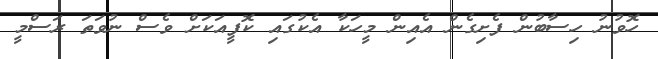
ހޮވުނު ހިސާބުން ފެށިގެން އެއިން މީހަކާ އެކުގައި ކޮފީއަކަށް ވެސް ނުވަތަ ރަސްމީ